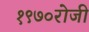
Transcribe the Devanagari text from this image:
१९७०रोजी